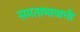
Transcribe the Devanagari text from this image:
समताभावाची